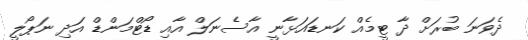
ދެވަނަ ބުރަށް ދާ ޓީމެއް ކަނޑައަޅާނީ އާސެނަލް އާއި ޑޯޓްމަންޑް އަދި ނަޕޯލީ